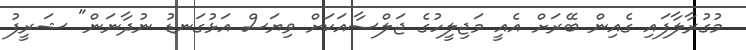
މުގުރާލާފައި ގެއިން ބޭރަށް އެއީ މަޖިލީހުގެ ޖަލްސާއަކަށް ވިޔަސް އަޅުގަނޑު ނުދާނަން" ޝަރީފު